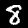
Label: 8